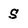
Character: S